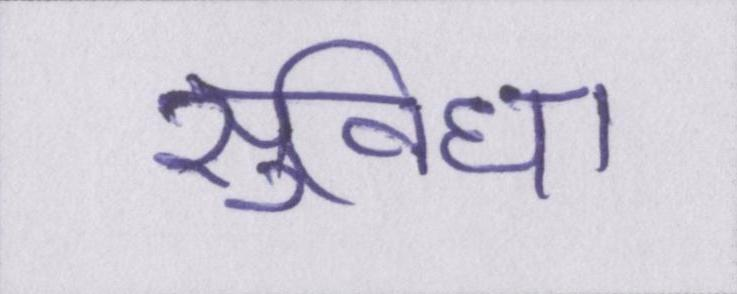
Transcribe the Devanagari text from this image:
सुविधा